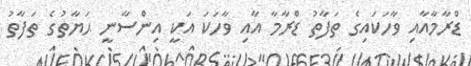
ޑްރާމާއާއި ވާހަކައިގެ ތަފާތު ޑްރާމާ އާއި ވާހަކަ އަކީ އިންސާނީ ޙަޔާތުގެ ތަފާތު